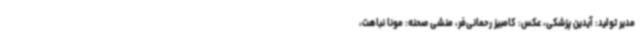
مدیر تولید: آیدین پزشکی، عکس: کامبیز رحمانی‌فر، منشی صحنه: مونا نباهت،